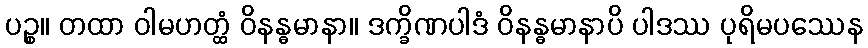
ပဉ္စ။ တထာ ဝါမဟတ္ထံ ဝိနန္ဓမာနာ။ ဒက္ခိဏပါဒံ ဝိနန္ဓမာနာပိ ပါဒဿ ပုရိမပဿေန